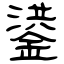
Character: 鍙